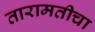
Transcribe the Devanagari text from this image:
तारामतीचा